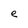
Character: e